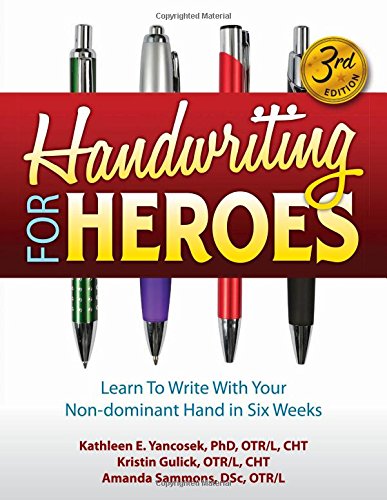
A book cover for Handwriting for Heroes: Learn to Write with Your Non-Dominant Hand in Six Weeks. 3rd Ed.; Kathleen E. Yancosek; Health, Fitness & Dieting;